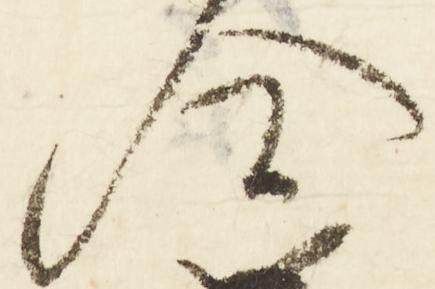
会